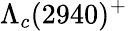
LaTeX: \Lambda_{c}(2940)^{+}